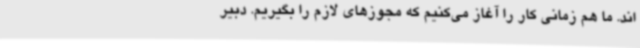
اند. ما هم زمانی کار را آغاز می‌کنیم که مجوزهای لازم را بگیریم. دبیر